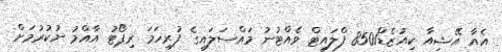
އެއާ އޭޝިއާ ކިއުޒެޑް8501 ފްލައިޓް ވެއްޓުނު މައްސަލައިގެ ފުރިހަމަ ރިޕޯޓު އާއްމު ނުކުރުމަށް